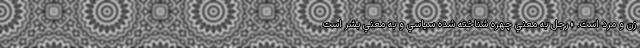
زن و مرد است. » رجل به معني چهره شناخته شده سياسي و به معني بشر است